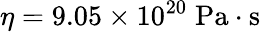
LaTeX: \eta=9.05\times 10^{20}\; \mathrm{Pa\cdot s}